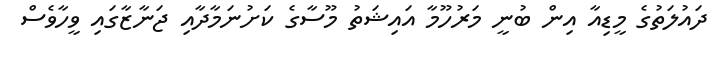
ދައުލަތުގެ މީޑިއާ އިން ބުނީ މަރުހޫމާ އައިޝަތު މޫސާގެ ކަށުނަމާދާއި ޖަނާޒާގައި ވީހާވެސް